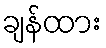
ချန်ထား